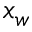
x _ { w }